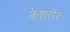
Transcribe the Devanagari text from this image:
केशरीर